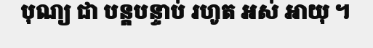
បុណ្យ ជា បន្តបន្ទាប់ រហូត អស់ អាយុ ។